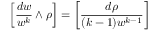
\left[ { \frac { d w } { w ^ { k } } } \wedge \rho \right] = \left[ { \frac { d \rho } { ( k - 1 ) w ^ { k - 1 } } } \right]